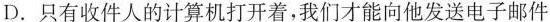
D.只有收件人的计算机打开着，我们才能向他发送电子邮件